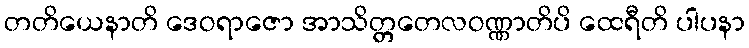
တတိယေနာတိ ဒေဝရာဇော အာသိတ္တတေလဝဏ္ဏာတိပိ ထေရီတိ ပါပနာ